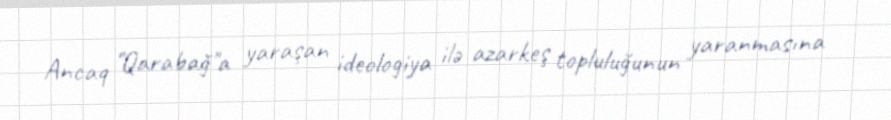
Ancaq "Qarabağ"a yaraşan ideologiya ilə azarkeş topluluğunun yaranmasına